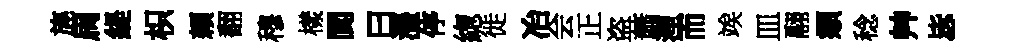
旄扄緹枳頼翻穆樣閬曰灃停緫徙冶会正盗蕭湮而竢皿翮頫稔艸毖